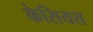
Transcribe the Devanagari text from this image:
केसियस